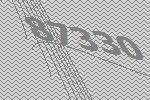
87330